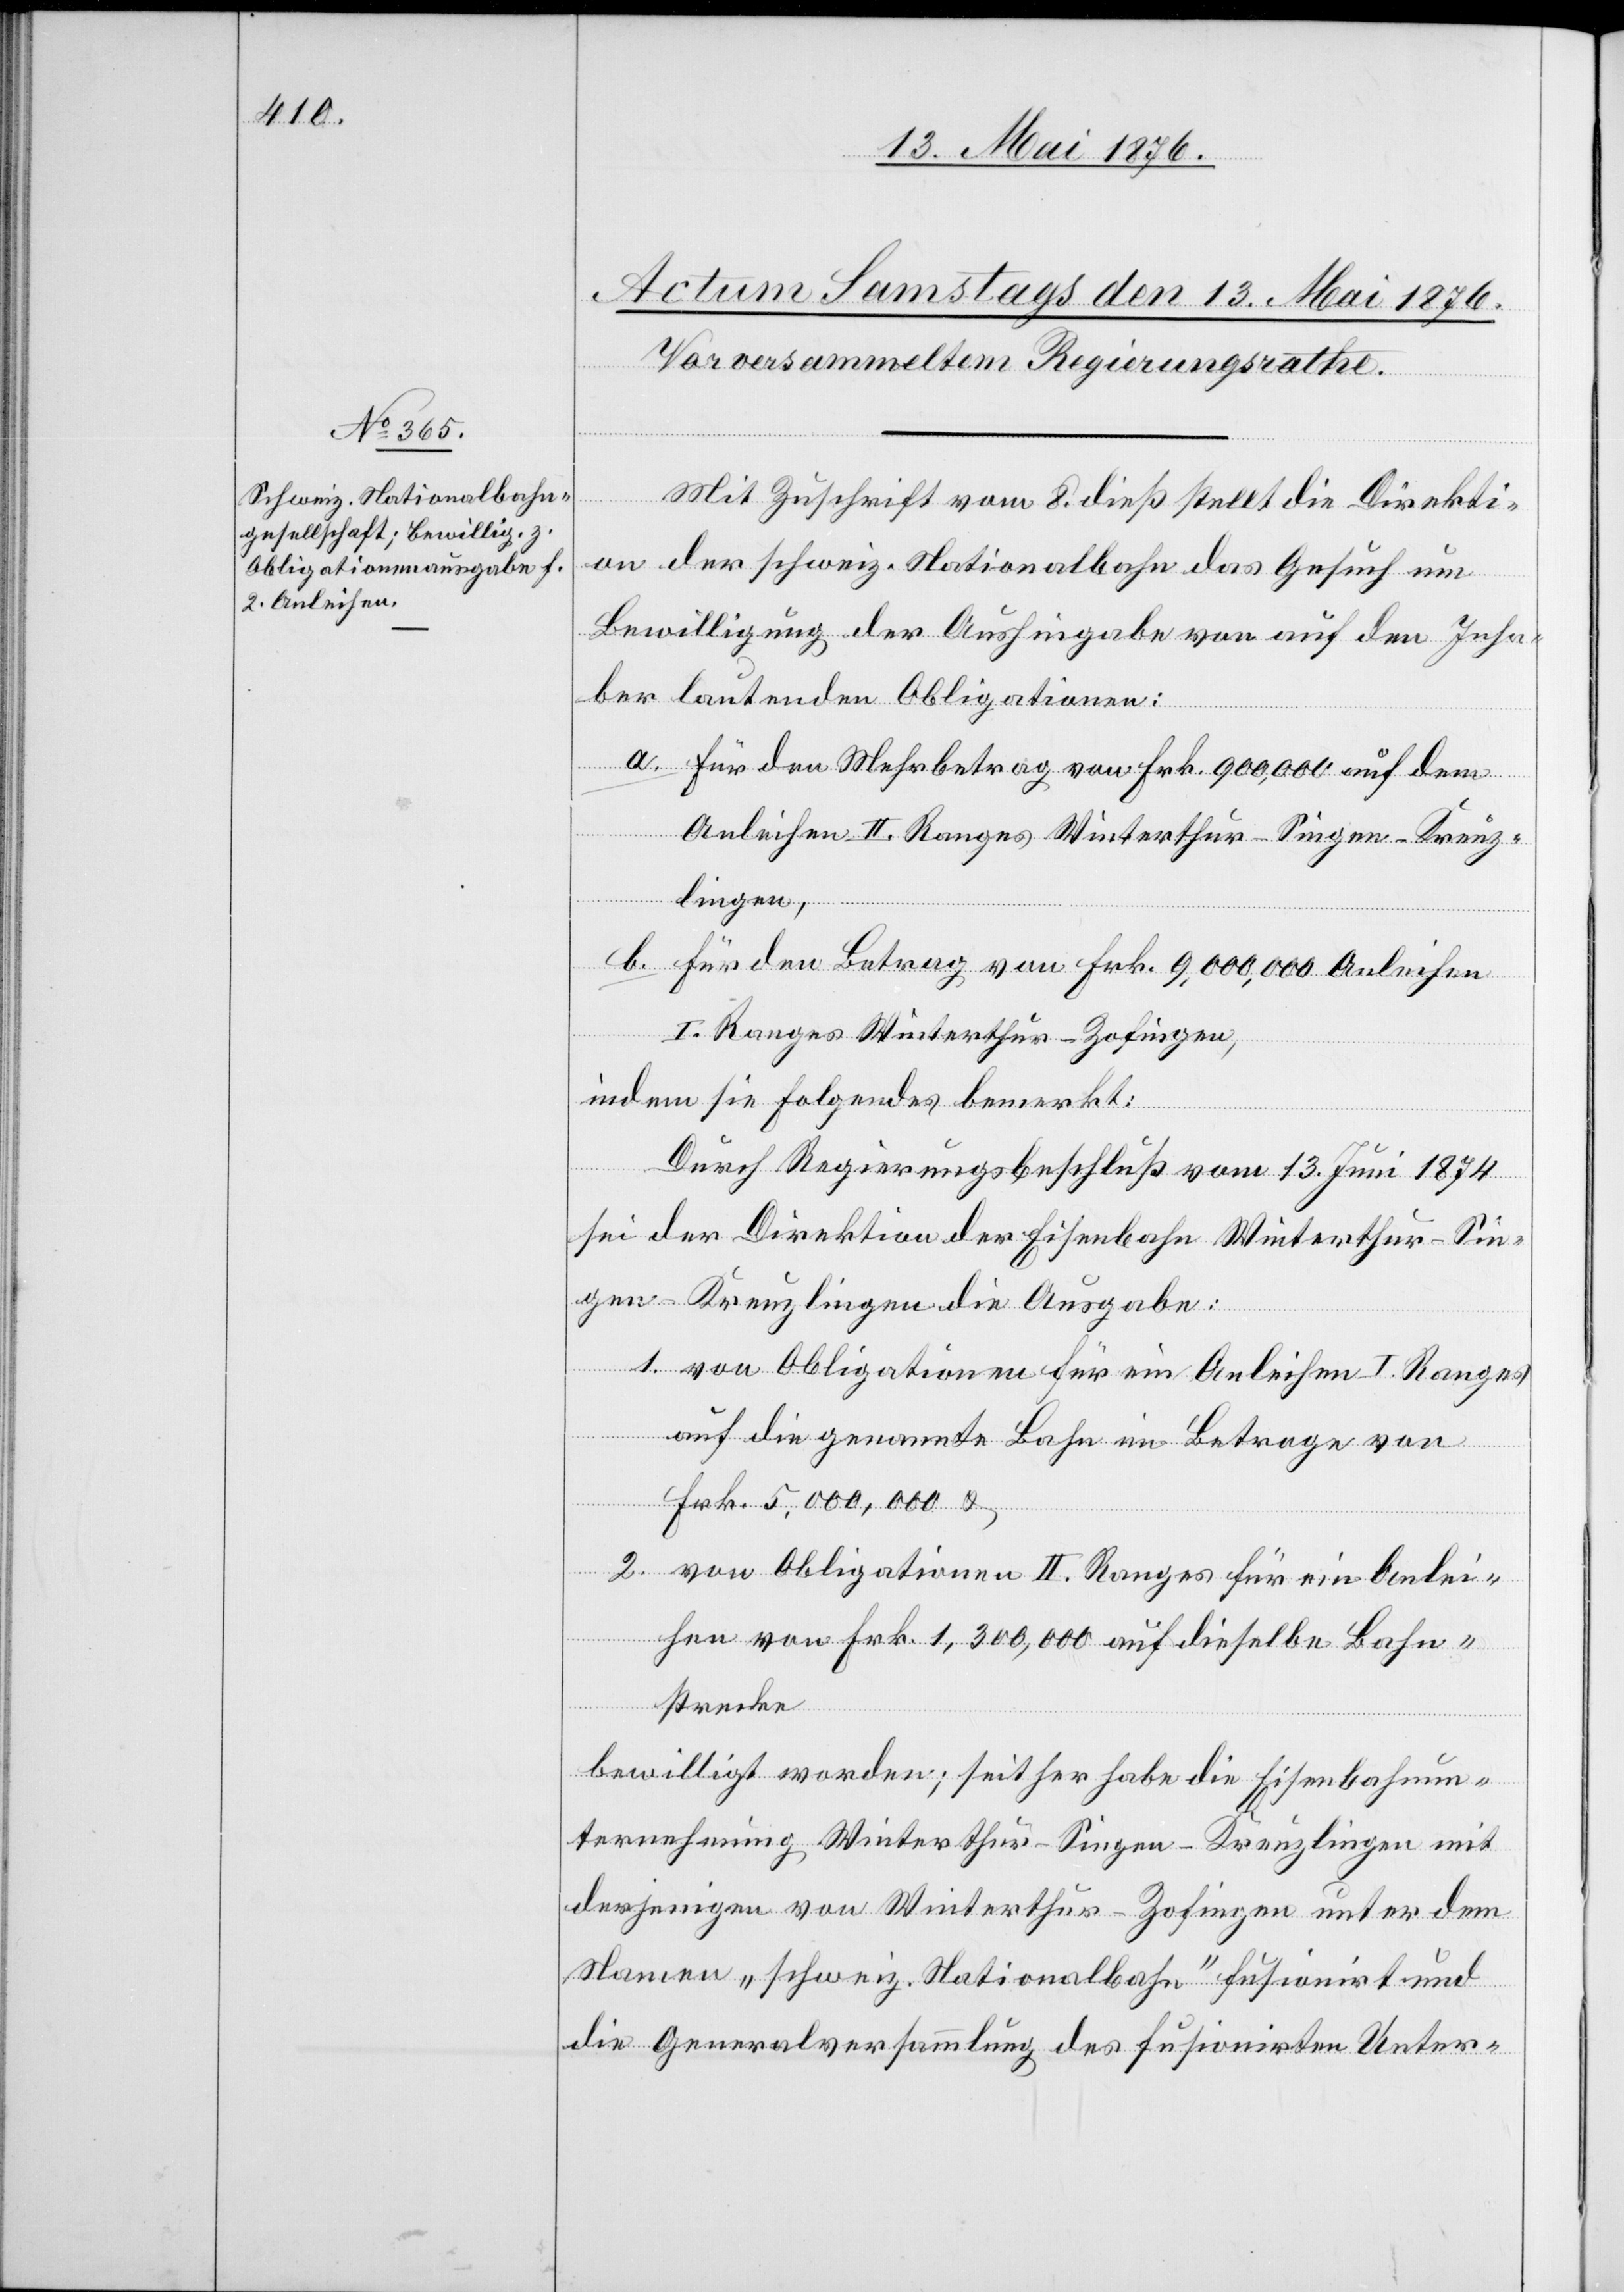
Mit Zuschrift vom 8. dieß stellt die Direkti¬
on der schweiz. Nationalbahn das Gesuch um
Bewilligung der Aushingabe von auf den Inha¬
ber lautenden Obligationen:
a. für den Mehrbetrag von Frk. 900,000 auf dem
Anleihen II. Ranges Winterthur–Singen–Kreuz¬
lingen,
b. für den Betrag von Frk. 9,000,000 Anleihen
I. Ranges Winterthur–Zofingen,
indem sie folgendes bemerkt:
Durch Regierungsbeschluß vom 13. Juni 1874
sei der Direktion der Eisenbahn Winterthur–Sin¬
gen–Kreuzlingen die Ausgabe:
1. von Obligationen für die Anleihen I. Rangs
auf die genannte Bahn im Betrage von
Frk. 5,000,000 &
2. von Obligationen II. Ranges für ein Anlei¬
hen von Frk. 1,300,000 auf dieselbe Bahn¬
strecke
bewilligt worden; seither habe die Eisenbahnun¬
ternehmung Winterthur–Singen–Kreuzlingen mit
derjenigen von Winterthur–Zofingen unter dem
Namen „schweiz. Nationalbahn“ fusionirt und
die Generalversammlung des fusionirten Unter-